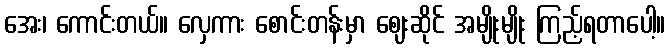
အေး၊ ကောင်းတယ်။ လှေကား စောင်းတန်းမှာ ဈေးဆိုင် အမျိုးမျိုး ကြည့်ရတာပေါ့။